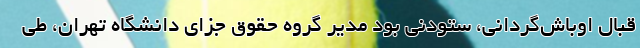
قبال اوباش‌گردانی، ستودنی بود مدیر گروه حقوق جزای دانشگاه تهران، طی